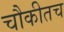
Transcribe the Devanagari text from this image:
चौकीतच